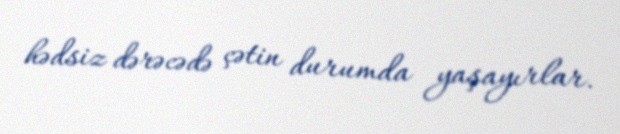
hədsiz dərəcədə çətin durumda yaşayırlar.